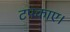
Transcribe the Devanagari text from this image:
टपकाए।